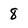
Character: 8